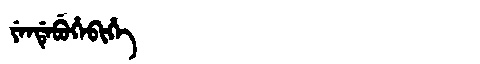
Manchu: ᠶᡝᠨᡩᡝᠪᡠᡥᡝᠪᡳᡥᡝ
Romanization: YENDEBUHEBIHE